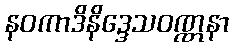
နဝကာဒိနိဒ္ဒေသဝဏ္ဏနာ